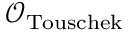
\mathcal { O } _ { \mathrm { T o u s c h e k } }